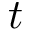
t